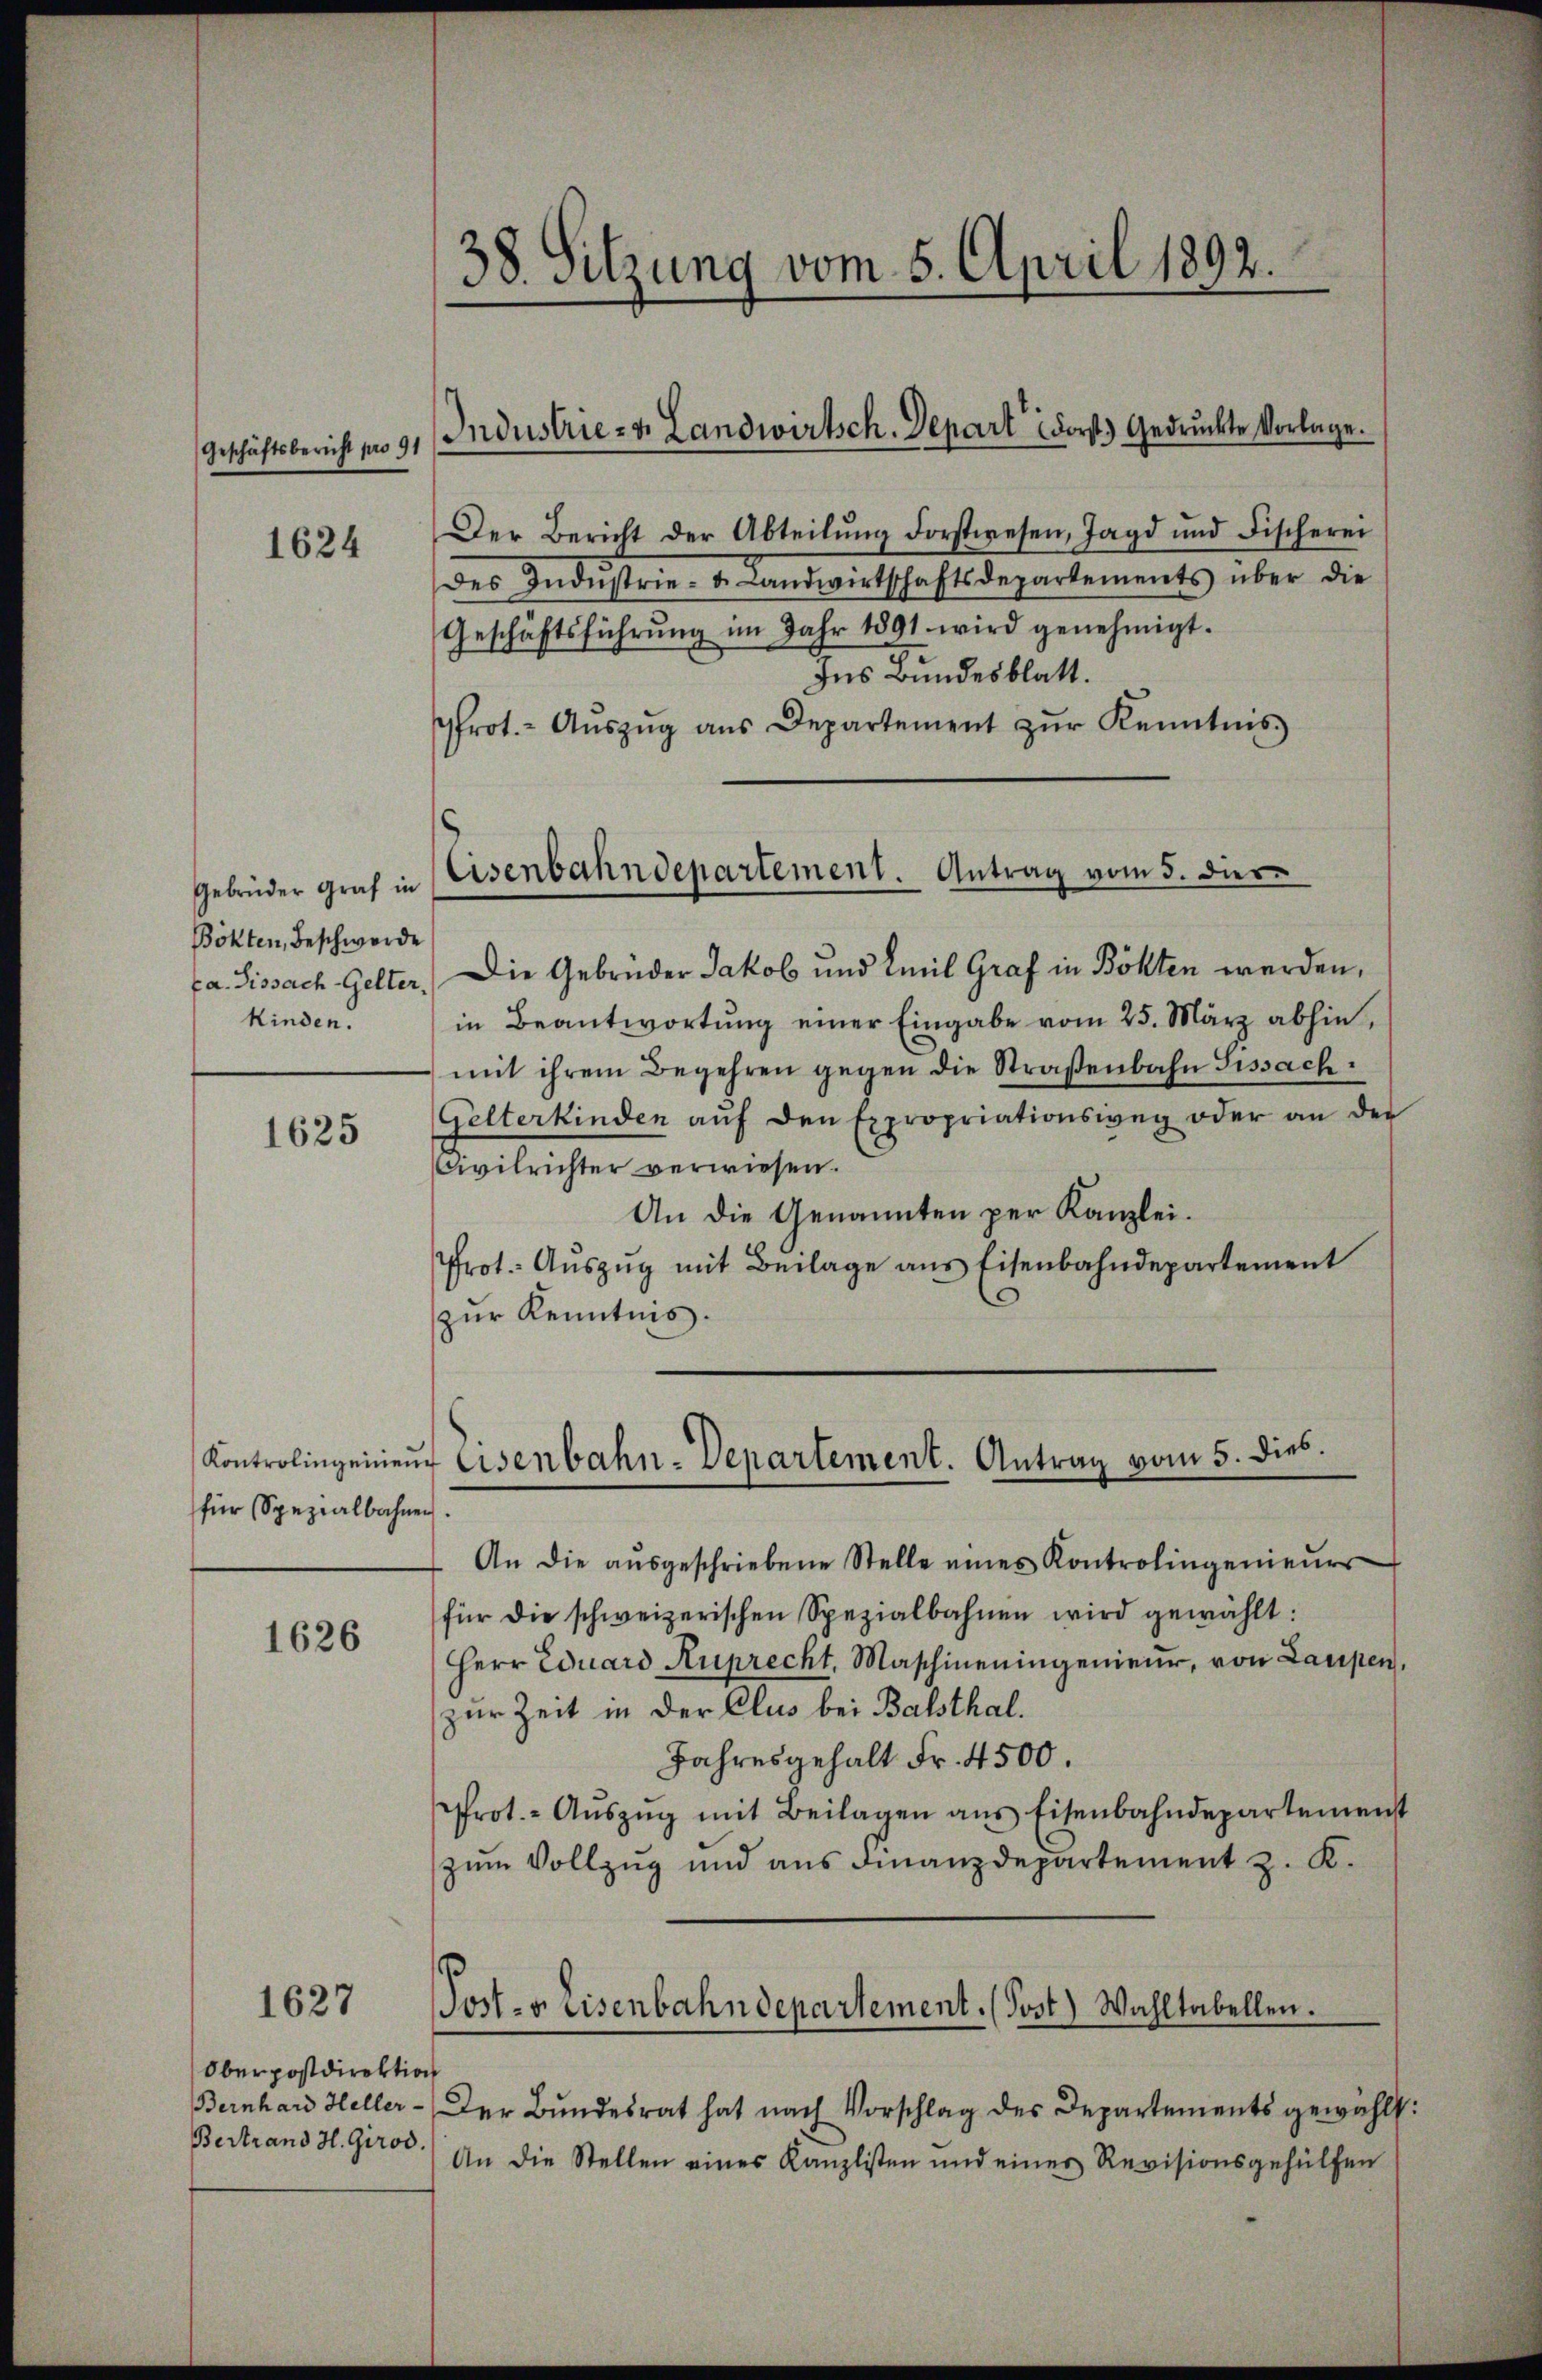
Geschäftsbericht pro 91

1624

Gebrüder Graf in
Bökten, Beschwerde
ka. Sissach Gelter
kinden.

1625

für Spezialbahnen.

1626

1627

Oberpostdirektion
Bertrand H. Girod.

38. Sitzung vom 5. April 1892.

Industrie- & Landwirtsch. Depart Forst.) Gedrückte Vorlage.

Der Bericht der Abteilŭng dorstwesen, Jagd und Fischerei
des Indŭstrie- & Landwirtschaftsdepartements über die
Geschäftsführŭng im Jahr 1891 wird genehmigt.
Ins Bundesblatt.
Prot.- Aŭszŭg ans Departement zŭr Kenntnis
Die Gebrüder Jakob und Emil Graf in Böhten werden,
in Beantwortŭng einer Eingabe vom 25. März abhin,
mit ihrem Begehren gegen die Straßenbahn Gissach¬
Gelterkinden aŭf den Expropriationsweg oder an der
Civilrichter verwiesen.
An die Genannten per Kanzlei.
Prot. Aŭszŭg mit Beilage ans Eisenbahndepartement
zŭr Kenntnis.
An die aŭsgeschriebene Stelle eines Kontrolingenieŭrs
für die schweizerischen Spezialbahnen wird gewählt:
Herr Eduard Ruprecht, Maschineningenieŭr, von Laupen,
zur Zeit in der Clus bei Balsthal.
Jahresgehalt Fr. 4500
prot. - Aŭszŭg mit Beilagen ans Eisenbahndepartemenst
zum Vollzug und aus Finanzdepartement z. K.
Bernhard Heller - Der Bundesrat hat nach Vorschlag des Departements gewählt:
An die Stellen eines Kanzlisten und einer Revisionsgehülfen

s
Eisenbahndepartement. Antrag vom 5. dier

Kontrolingenieŭr Eisenbahn-Departement. Antrag vom 5. die

Post- u. Eisenbahndepartement. (Post) Wahltabellen.